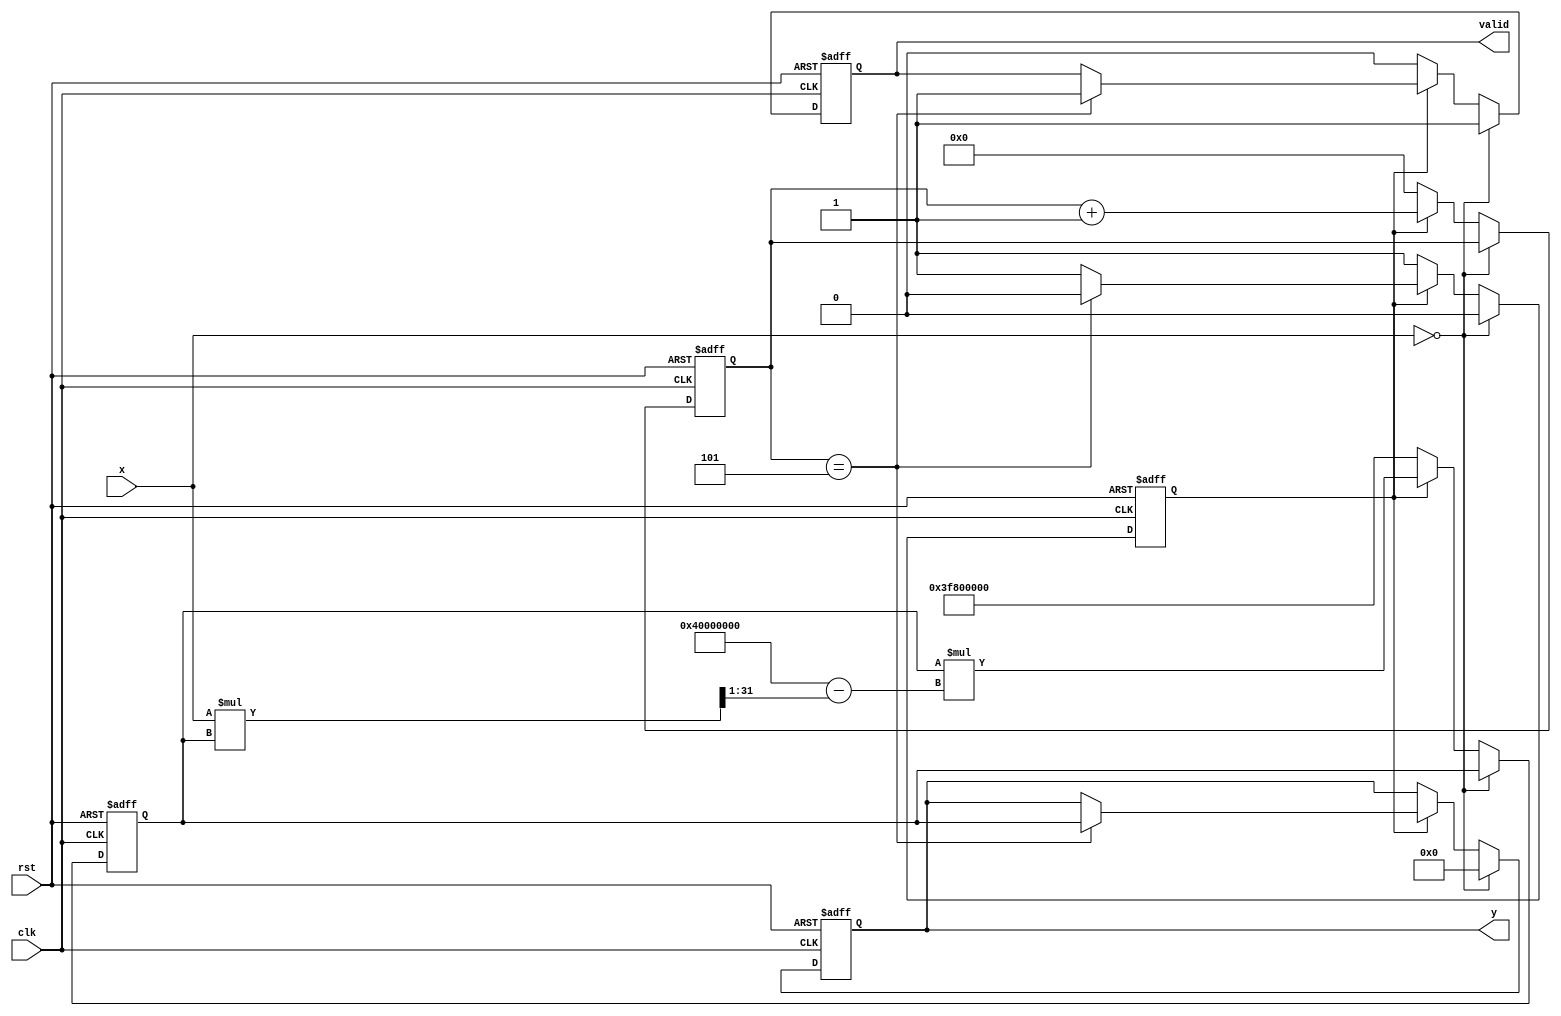
module ApproximateReciprocal (
    input wire clk,
    input wire rst,
    input wire [31:0] x, // 32-bit floating-point input
    output reg [31:0] y,  // 32-bit floating-point output
    output reg valid      // Output valid signal
);

    // Internal parameters
    parameter MAX_ITER = 5; // Maximum iterations for approximation
    reg [31:0] approx;       // Current approximation of 1/x
    reg [3:0] iter_count;    // Iteration counter
    reg computing;           // Flag to indicate computation in progress

    // Handle edge cases
    always @(posedge clk or posedge rst) begin
        if (rst) begin
            y <= 32'b0;
            valid <= 1'b0;
            approx <= 32'b0;
            iter_count <= 4'b0;
            computing <= 1'b0;
        end else begin
            if (x == 32'b0) begin
                // Handle division by zero
                y <= 32'b0; // or some defined behavior for 1/0
                valid <= 1'b1;
                computing <= 1'b0;
            end else if (!computing) begin
                // Start computation
                approx <= 32'h3F800000; // Initial guess (1.0 in floating-point)
                iter_count <= 4'b0;
                computing <= 1'b1;
                valid <= 1'b0;
            end else if (computing) begin
                // Newton-Raphson iteration: approx = approx * (2 - x * approx)
                approx <= approx * (32'h40000000 - (x * approx >> 1)); // x * approx / 2
                iter_count <= iter_count + 1;

                if (iter_count == MAX_ITER) begin
                    y <= approx; // Final approximation
                    valid <= 1'b1;
                    computing <= 1'b0;
                end
            end
        end
    end

endmodule